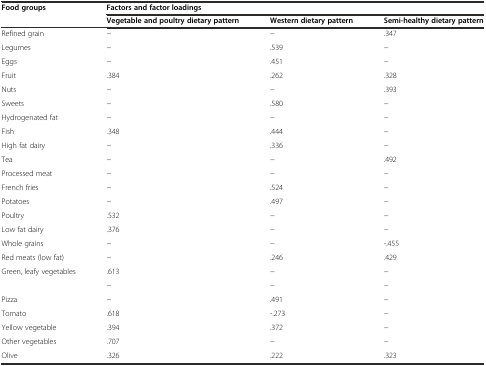
<table><thead><tr><td><b>Food groups</b></td><td colspan="3"><b>Factors and factor loadings</b></td></tr><tr><td></td><td><b>Vegetable and poultry dietary pattern</b></td><td><b>Western dietary pattern</b></td><td><b>Semi-healthy dietary pattern</b></td></tr></thead><tbody><tr><td>Refined grain</td><td>−</td><td>−</td><td>.347</td></tr><tr><td>Legumes</td><td>−</td><td>.539</td><td>−</td></tr><tr><td>Eggs</td><td>−</td><td>.451</td><td>−</td></tr><tr><td>Fruit</td><td>.384</td><td>.262</td><td>.328</td></tr><tr><td>Nuts</td><td>−</td><td>−</td><td>.393</td></tr><tr><td>Sweets</td><td>−</td><td>.580</td><td>−</td></tr><tr><td>Hydrogenated fat</td><td>−</td><td>−</td><td>−</td></tr><tr><td>Fish</td><td>.348</td><td>.444</td><td>−</td></tr><tr><td>High fat dairy</td><td>−</td><td>.336</td><td>−</td></tr><tr><td>Tea</td><td>−</td><td>−</td><td>.492</td></tr><tr><td>Processed meat</td><td>−</td><td>−</td><td>−</td></tr><tr><td>French fries</td><td>−</td><td>.524</td><td>−</td></tr><tr><td>Potatoes</td><td>−</td><td>.497</td><td>−</td></tr><tr><td>Poultry</td><td>.532</td><td>−</td><td>−</td></tr><tr><td>Low fat dairy</td><td>.376</td><td>−</td><td>−</td></tr><tr><td>Whole grains</td><td>−</td><td>−</td><td>-.455</td></tr><tr><td>Red meats (low fat)</td><td>−</td><td>.246</td><td>.429</td></tr><tr><td rowspan="2">Green, leafy vegetables</td><td>.613</td><td>−</td><td>−</td></tr><tr><td>−</td><td>−</td><td>−</td></tr><tr><td>Pizza</td><td>−</td><td>.491</td><td>−</td></tr><tr><td>Tomato</td><td>.618</td><td>-.273</td><td>−</td></tr><tr><td>Yellow vegetable</td><td>.394</td><td>.372</td><td>−</td></tr><tr><td>Other vegetables</td><td>.707</td><td>−</td><td>−</td></tr><tr><td>Olive</td><td>.326</td><td>.222</td><td>.323</td></tr></tbody></table>